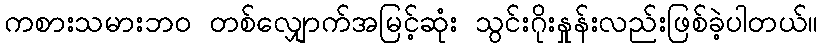
ကစားသမားဘ၀ တစ်လျှောက်အမြင့်ဆုံး သွင်းဂိုးနှုန်းလည်းဖြစ်ခဲ့ပါတယ်။